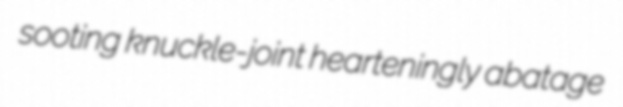
sooting knuckle-joint hearteningly abatage